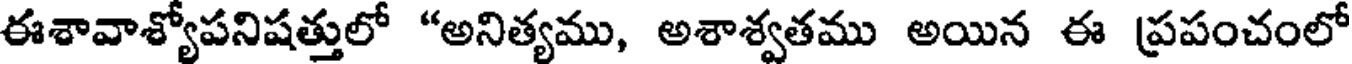
ఈశావాశ్యోపనిషత్తులో "అనిత్యము, అశాశ్వతము అయిన ఈ ప్రపంచంలో